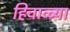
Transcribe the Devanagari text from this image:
हिवाळ्या